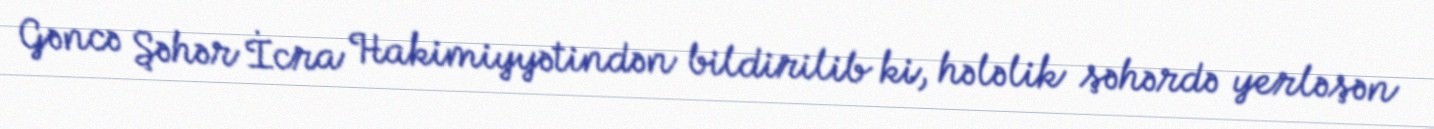
Gəncə Şəhər İcra Hakimiyyətindən bildirilib ki, hələlik şəhərdə yerləşən